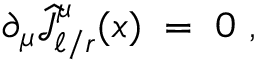
\partial _ { \mu } \widehat { { \mathcal J } } _ { \ell / r } ^ { \mu } ( x ) \; = \; 0 ~ ,